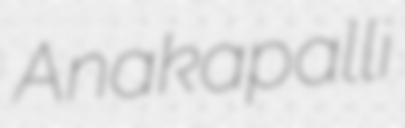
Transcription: Anakapalli